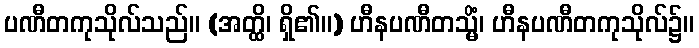
ပဏီတကုသိုလ်သည်။ (အတ္ထိ၊ ရှိ၏။) ဟီနပဏီတသ္မိံ၊ ဟီနပဏီတကုသိုလ်၌။